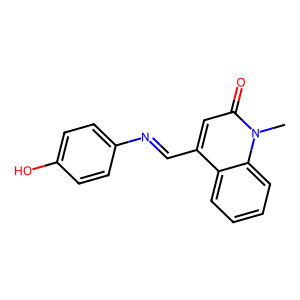
SMILES: Cn1c(=O)cc(C=Nc2ccc(O)cc2)c2ccccc21
Inhibits HIV replication: No